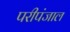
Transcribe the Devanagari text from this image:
परीपंजाल